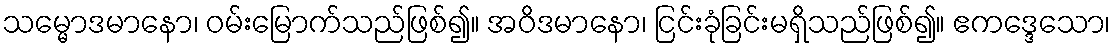
သမ္မောဒမာနော၊ ဝမ်းမြောက်သည်ဖြစ်၍။ အဝိဒမာနော၊ ငြင်းခုံခြင်းမရှိသည်ဖြစ်၍။ ဧကဒ္ဒေသော၊